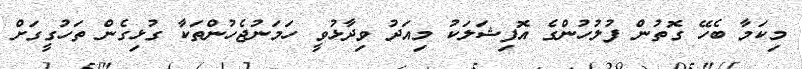
މިކަމާ ބެހޭ ގޮތުން ފުލުހުންގެ އޮފިޝަލަކު މިއަދު ވިދާޅުވީ ހަމަނުޖެހުންތަކާ ގުޅިގެން ތަހުގީގަށް